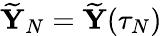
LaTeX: \widetilde{{\mathbf Y}}_{N}=\widetilde{{\mathbf Y}}(\tau_{N})